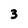
Character: 3